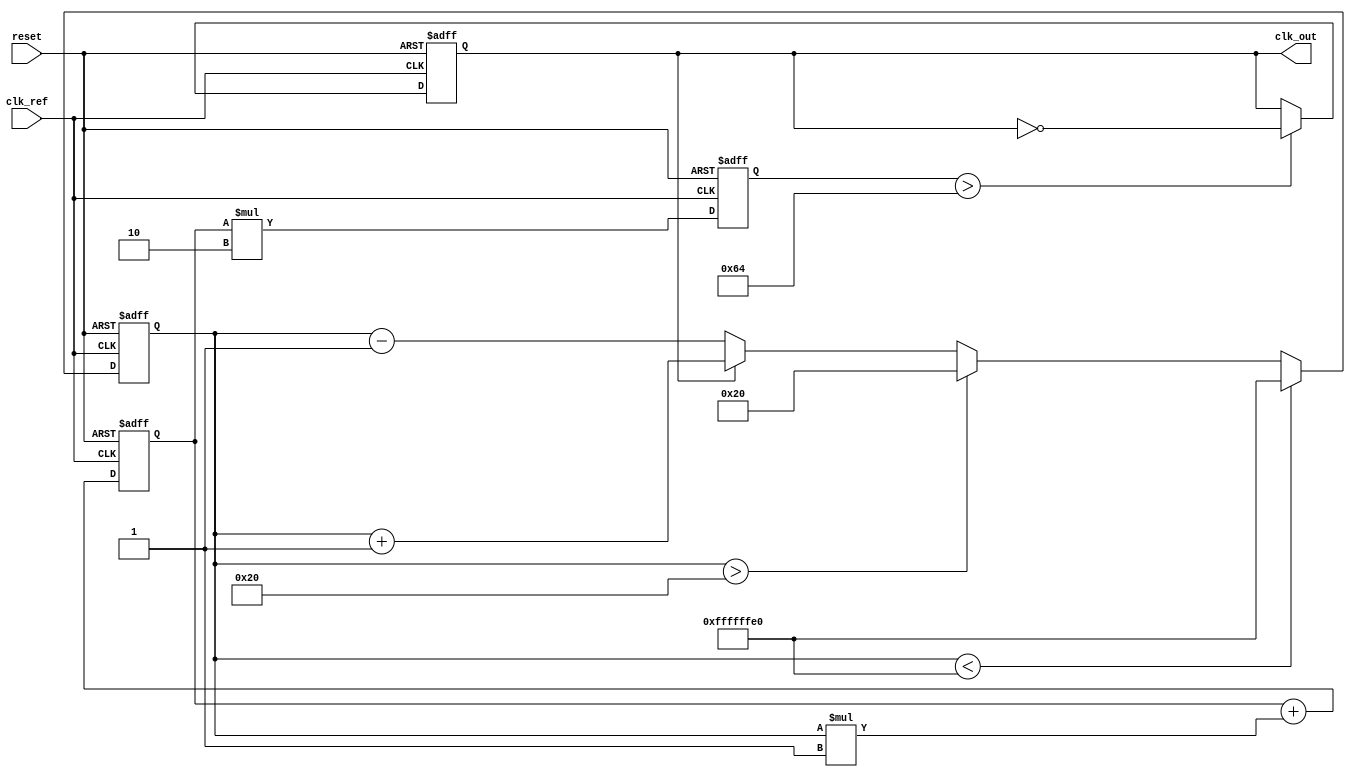
module PLL (
    input wire clk_ref,        // Reference clock input
    input wire reset,          // Reset signal
    output reg clk_out         // Output clock
);

    // Parameters for the VCO and loop filter
    parameter PHASE_ERR_MAX = 32; // Max phase error value for saturation
    parameter VCO_GAIN = 2;        // VCO gain
    parameter LOOP_FILTER_GAIN = 1;// Loop filter gain

    // Internal signals
    reg [31:0] phase_error;        // Phase error signal
    reg [31:0] control_voltage;     // Control voltage to VCO
    reg [31:0] vco_frequency;       // VCO frequency output

    // Phase Detector (PD)
    always @(posedge clk_ref or posedge reset) begin
        if (reset) begin
            phase_error <= 0;
        end else begin
            // Assume clk_out is the feedback clock signal
            // Calculate phase error (simple digital comparison)
            if (clk_out) begin
                phase_error <= phase_error + 1; // Increment error
            end else begin
                phase_error <= phase_error - 1; // Decrement error
            end
            // Limit phase error to max value
            if (phase_error > PHASE_ERR_MAX) phase_error <= PHASE_ERR_MAX;
            if (phase_error < -PHASE_ERR_MAX) phase_error <= -PHASE_ERR_MAX;
        end
    end

    // Loop Filter (LF)
    always @(posedge clk_ref or posedge reset) begin
        if (reset) begin
            control_voltage <= 0;
        end else begin
            // Simple proportional control
            control_voltage <= control_voltage + (phase_error * LOOP_FILTER_GAIN);
        end
    end

    // Voltage-Controlled Oscillator (VCO)
    always @(posedge clk_ref or posedge reset) begin
        if (reset) begin
            vco_frequency <= 0;
            clk_out <= 0;
        end else begin
            // Control the VCO frequency based on control voltage
            vco_frequency <= control_voltage * VCO_GAIN;
            // Generate output clock based on VCO frequency (simplified)
            if (vco_frequency > 100) begin // Threshold for example
                clk_out <= ~clk_out; // Toggle output clock
            end
        end
    end

endmodule